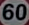
60